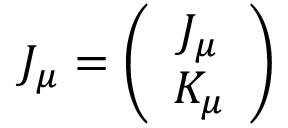
{ \cal J } _ { \mu } = \left( \begin{array} { c } { { J _ { \mu } } } \\ { { K _ { \mu } } } \end{array} \right)